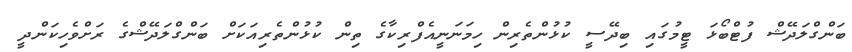
ބަންގްލަދޭޝް ފުޓްބޯޅަ ޓީމުގައި ބިދޭސީ ކުޅުންތެރިން ހިމަނަނީއެފްރިކާގެ ތިން ކުޅުންތެރިއަކަށް ބަންގްލަދޭޝްގެ ރަށްވެހިކަންދީ